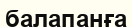
балапанға